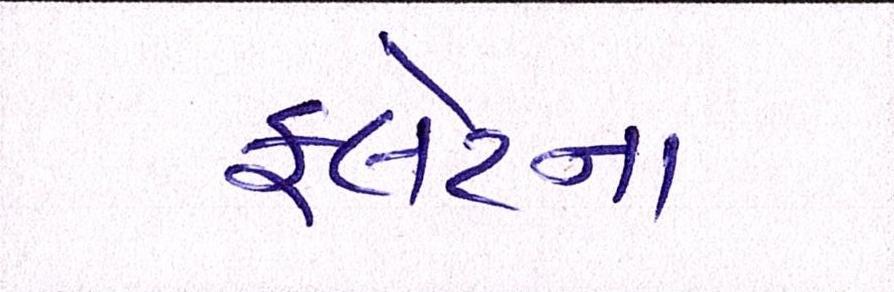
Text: ફ્લેટના